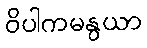
ဝိပါကမနွယာ